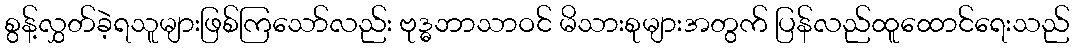
စွန့်လွှတ်ခဲ့ရသူများဖြစ်ကြသော်လည်း ဗုဒ္ဓဘာသာဝင် မိသားစုများအတွက် ပြန်လည်ထူထောင်ရေးသည်